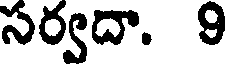
సర్వదా. 9